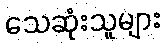
သေဆုံးသူများ